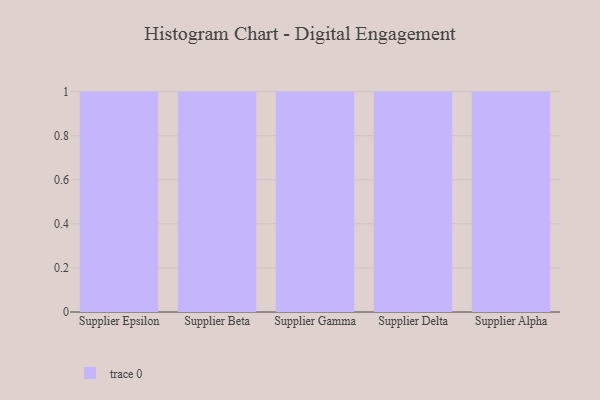
{"axis": {"x": "Supplier", "y": "Market Share (%)"}, "legend": [""], "data": [{"x": "Supplier Epsilon", "y": 84, "type": ""}, {"x": "Supplier Beta", "y": 66, "type": ""}, {"x": "Supplier Gamma", "y": 11, "type": ""}, {"x": "Supplier Delta", "y": 65, "type": ""}, {"x": "Supplier Alpha", "y": 93, "type": ""}]}